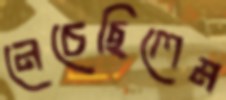
নেচেছিলেম